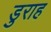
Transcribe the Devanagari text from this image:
डुराह